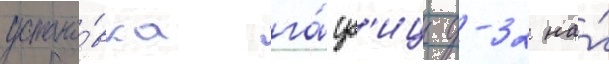
устано́вка га́уб'ицы д-32 на́